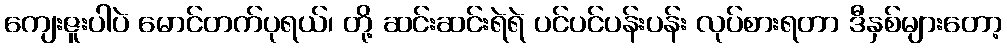
ကျေးဇူးပါပဲ မောင်တက်ပုရယ်၊ တို့ ဆင်းဆင်းရဲရဲ ပင်ပင်ပန်းပန်း လုပ်စားရတာ ဒီနှစ်များတော့